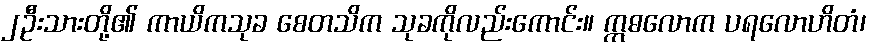
၂ဦးသားတို့၏ ကာယိကသုခ စေတသိက သုခကိုလည်းကောင်း။ ဣဓလောက ပရလောဟိတံ၊